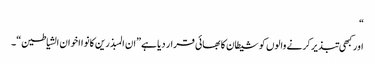
“
اور کبھی تبذیر کرنے والوں کو شیطان کا بھائی قرار دیا ہے”ان المبذرین کانوا اخوان الشیاطین“۔